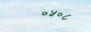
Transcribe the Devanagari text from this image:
०५०८